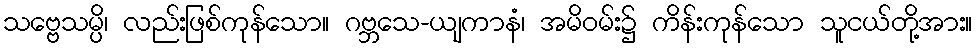
သဗ္ဗေသမ္ပိ၊ လည်းဖြစ်ကုန်သော။ ဂဗ္ဘသေ-ယျကာနံ၊ အမိဝမ်း၌ ကိန်းကုန်သော သူငယ်တို့အား။